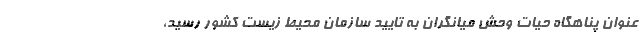
عنوان پناهگاه حیات وحش میانگران به تایید سازمان محیط زیست کشور رسید،